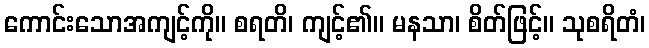
ကောင်းသောအကျင့်ကို။ စရတိ၊ ကျင့်၏။ မနသာ၊ စိတ်ဖြင့်။ သုစရိတံ၊